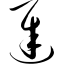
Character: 迟